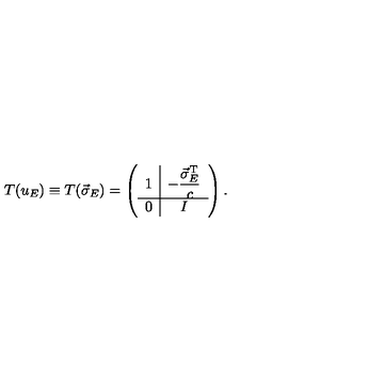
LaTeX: T ( u _ { E } ) \equiv T ( \vec { \sigma } _ { E } ) = \left( \begin{array} { c | c } { 1 } & { \displaystyle - \frac { \vec { \sigma } _ { E } ^ { \mathrm { T } } } { c } } \\ \hline { 0 } & { I } \\ \end{array} \right) .